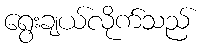
ရွေးချယ်လိုက်သည်